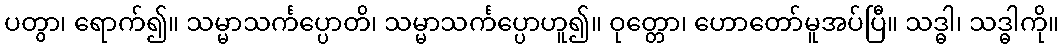
ပတွာ၊ ရောက်၍။ သမ္မာသင်္ကပ္ပောတိ၊ သမ္မာသင်္ကပ္ပောဟူ၍။ ဝုတ္တော၊ ဟောတော်မူအပ်ပြီ။ သဒ္ဓါ၊ သဒ္ဓါကို။